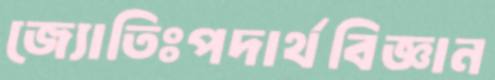
জ্যোতিঃপদার্থবিজ্ঞান